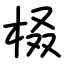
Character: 𣑚